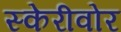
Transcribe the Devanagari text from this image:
स्केरीवोर